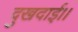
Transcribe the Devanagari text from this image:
दुखदाई।।